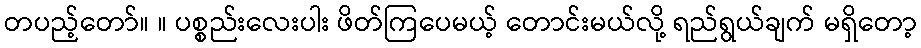
တပည့်တော်။ ။ ပစ္စည်းလေးပါး ဖိတ်ကြပေမယ့် တောင်းမယ်လို့ ရည်ရွယ်ချက် မရှိတော့